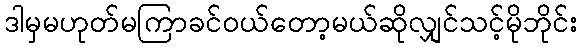
ဒါမှမဟုတ်မကြာခင်ဝယ်တော့မယ်ဆိုလျှင်သင့်မိုဘိုင်း